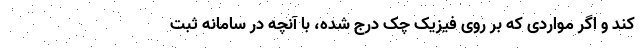
کند و اگر مواردی که بر روی فیزیک چک درج شده، با آنچه در سامانه ثبت